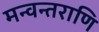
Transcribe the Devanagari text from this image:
मन्वन्तराणि